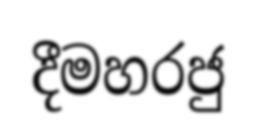
දීමහරජු